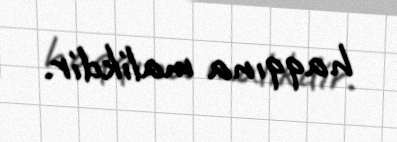
haqqına malikdir.